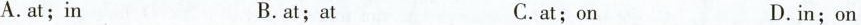
A.at;in B.at;at C.at;on D.in;on